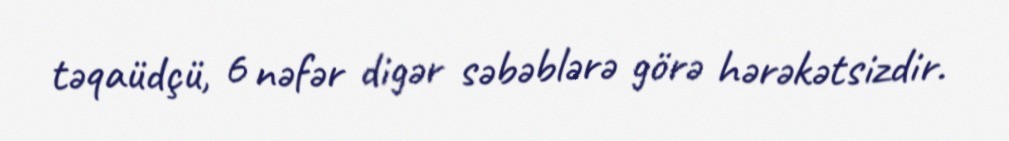
təqaüdçü, 6 nəfər digər səbəblərə görə hərəkətsizdir.